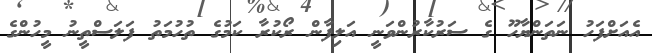
އެއަށްފަހު ނަތަންޔާހޫ ގެ ސަރުކާރުންވަނީ އަލިފާން ރޯކުރާ ކަމުގެ ތުހުމަތު ފަލަސްތީނު މީހުންގެ